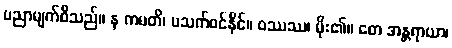
ပညာမျက်စီသည်။ န ကမတိ၊ မသက်ဝင်နိုင်။ ဝဿဿ၊ မိုး၏။ တေ အန္တရာယာ၊